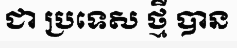
ជា ប្រទេស ថ្មី បាន